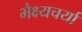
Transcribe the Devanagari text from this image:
भैक्ष्यचर्या